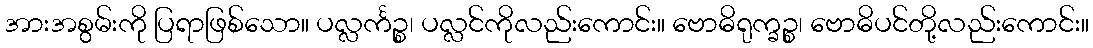
အားအစွမ်းကို ပြရာဖြစ်သော။ ပလ္လင်္ကဉ္စ၊ ပလ္လင်ကိုလည်းကောင်း။ ဗောဓိရုက္ခဉ္စ၊ ဗောဓိပင်တို့လည်းကောင်း။